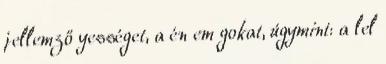
jellemző yességet, a én em gokat, úgymint: a lel